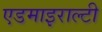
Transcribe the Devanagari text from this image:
एडमाइराल्टी